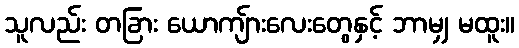
သူလည်း တခြား ယောကျ်ားလေးတွေနှင့် ဘာမျှ မထူး။